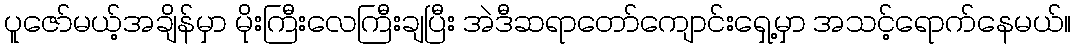
ပူဇော်မယ့်အချိန်မှာ မိုးကြီးလေကြီးချပြီး အဲဒီဆရာတော်ကျောင်းရှေ့မှာ အသင့်ရောက်နေမယ်။